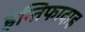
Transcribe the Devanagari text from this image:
इन्तिफादाह